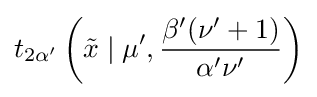
t_{2\alpha '}\left({\tilde {x}}\mid \mu ',{\frac {\beta '(\nu '+1)}{\alpha '\nu '}}\right)